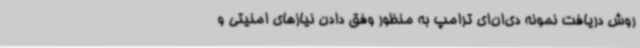
روش دریافت نمونه دی‌ان‌ای ترامپ به منظور وفق دادن نیازهای امنیتی و